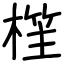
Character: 樦